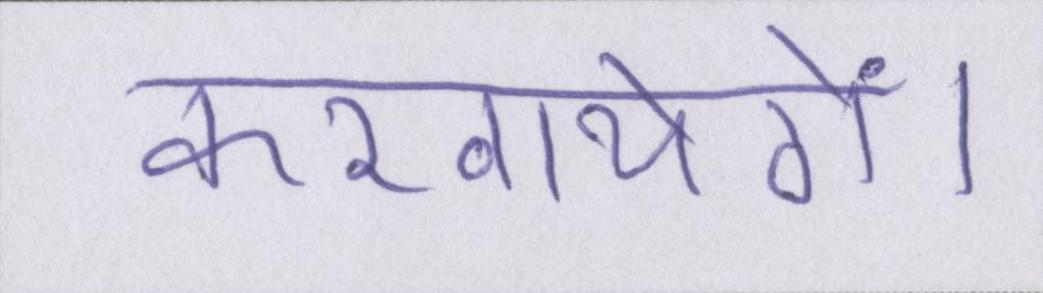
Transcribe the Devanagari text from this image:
करवायेगें।